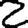
Digit: 2